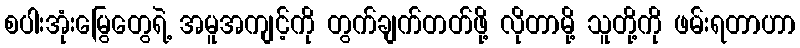
စပါးအုံးမြွေတွေရဲ့ အမူအကျင့်ကို တွက်ချက်တတ်ဖို့ လိုတာမို့ သူတို့ကို ဖမ်းရတာဟာ